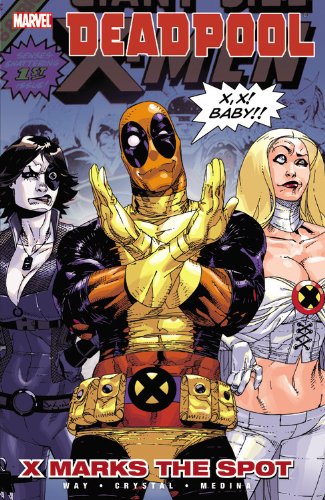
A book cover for Deadpool, Vol. 3: X Marks the Spot; Daniel Way; Comics & Graphic Novels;